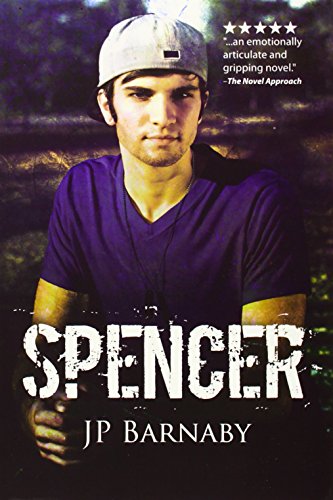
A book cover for Spencer; J. P. Barnaby; Romance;